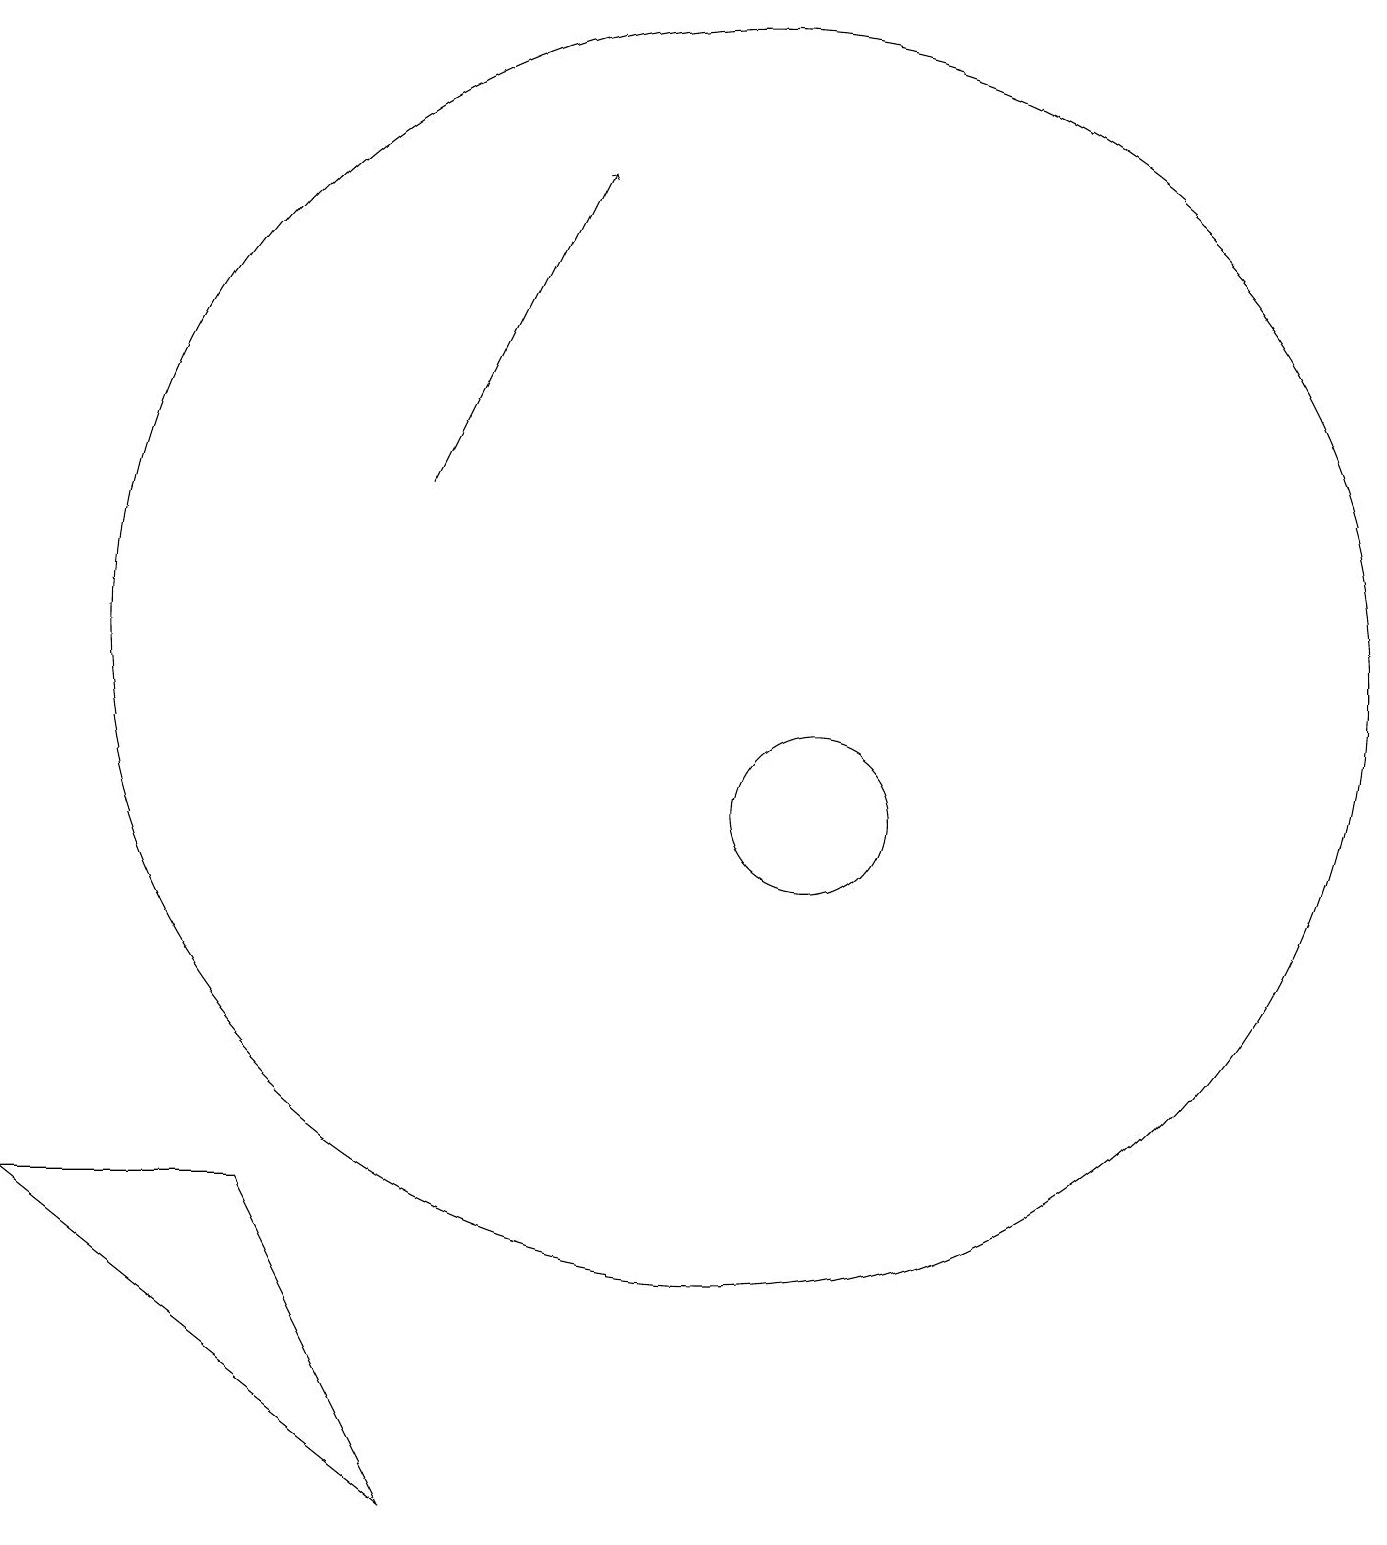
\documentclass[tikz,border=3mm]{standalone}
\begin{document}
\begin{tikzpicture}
\draw (12,10) circle (1);
\draw (11,12) circle (8);
\draw[->] (7,14) -- (9,18);
\draw (7,1) -- (2,5) -- (5,5) -- cycle;
\draw (12,11) circle (0);
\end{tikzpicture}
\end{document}